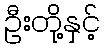
ဦးတို့နှင့်